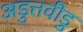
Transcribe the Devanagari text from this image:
अडुत्तवीडु